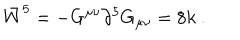
LaTeX: \bar { W } ^ { 5 } = - G ^ { \mu \nu } \partial ^ { 5 } G _ { \mu \nu } = 8 k \ .